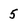
Character: 5